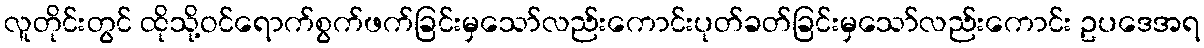
လူတိုင်းတွင် ထိုသို့ဝင်ရောက်စွက်ဖက်ခြင်းမှသော်လည်းကောင်းပုတ်ခတ်ခြင်းမှသော်လည်းကောင်း ဥပဒေအရ